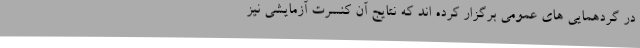
در گردهمایی های عمومی برگزار کرده اند که نتایج آن کنسرت آزمایشی نیز